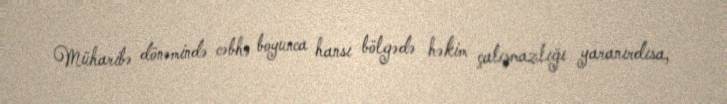
Müharibə dönəmində cəbhə boyunca hansı bölgədə həkim çatışmazlığı yaranırdısa,